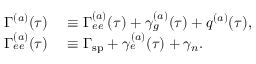
\begin{array} { r l } { \Gamma ^ { ( a ) } ( \tau ) } & { { } \equiv \Gamma _ { e e } ^ { ( a ) } ( \tau ) + \gamma _ { g } ^ { ( a ) } ( \tau ) + q ^ { ( a ) } ( \tau ) , } \\ { \Gamma _ { e e } ^ { ( a ) } ( \tau ) } & { { } \equiv \Gamma _ { \mathrm { s p } } + \gamma _ { e } ^ { ( a ) } ( \tau ) + \gamma _ { n } . } \end{array}